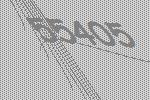
55405